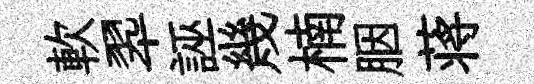
軟翆誣幾楠胭蒋